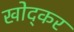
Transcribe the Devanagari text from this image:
खोद्कर